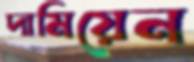
দামিয়েন